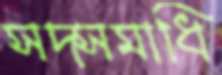
সদ্সমাধি